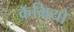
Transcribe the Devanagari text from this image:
कॅमियो